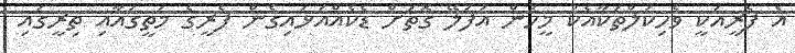
އެ ފެރީއަކީ ވެހިކަލްތަކާއެކު މީހުން އުފުލޭ ގޮތަށް ޑެކެއްއަޅައިގެން ފެރީގެ މަތީގައާއި ތިރީގައި